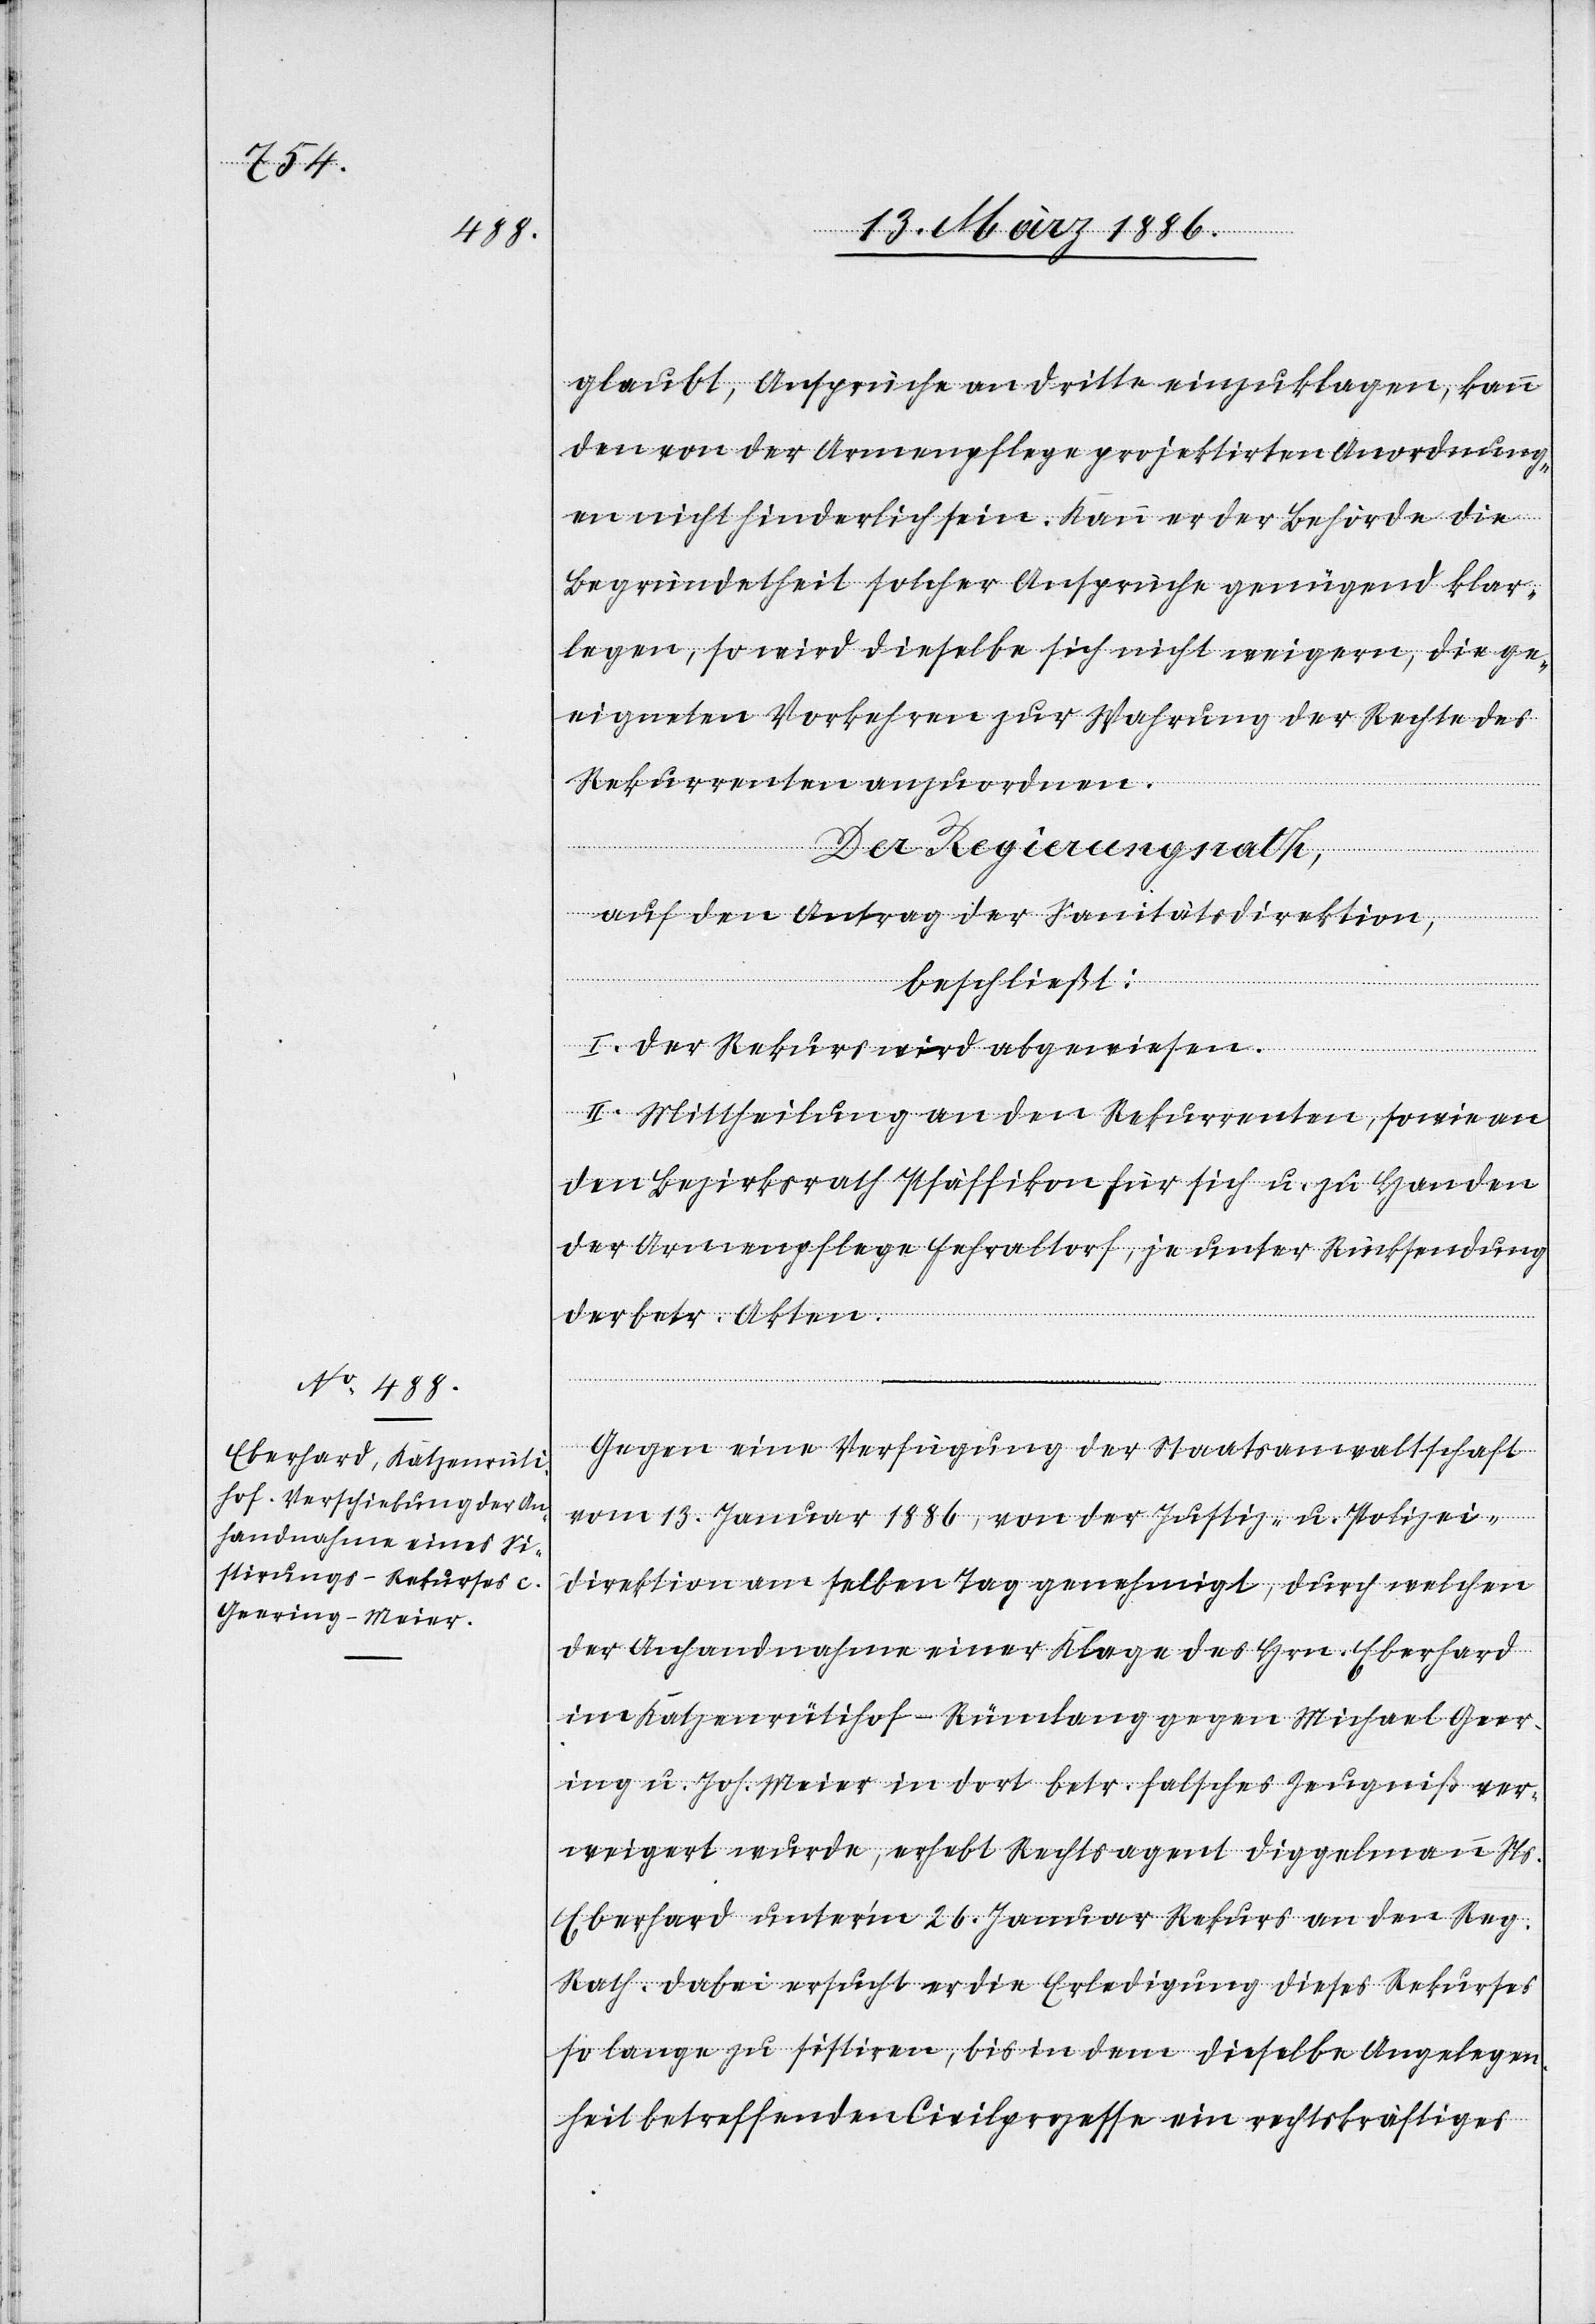
glaubt, Ansprüche an dritte einzuklagen, kann
den von der Armenpflege projektirten Anordnung¬
en nicht hinderlich sein. Kann er der Behörde die
Begründetheit solcher Ansprüche genügend klar¬
legen, so wird dieselbe sich nicht weigern, die ge¬
eigneten Vorkehren zur Wahrung der Rechte des
Rekurrenten anzuordnen.
Der Regierungsrath,
auf den Antrag der Sanitätsdirektion,
beschließt:
I. Der Rekurs wird abgewiesen.
II. Mitheilung an den Rekurrenten, sowie an
den Bezirksrath Pfäffikon für sich u. zu Handen
der Armenpflege Fehraltorf, je unter Rücksendung
der betr. Akten.
Gegen eine Verfügung der Staatsanwaltschaft
vom 13. Januar 1886, von der Justiz- u. Polizei¬
direktion am selben Tag genehmigt, durch welchen
der Anhandnahme einer Klage des Hrn. Eberhard
im Katzenrütihof - Rümlang gegen Michael Geer¬
ing u. Joh. Meier in dort betr. falsches Zeugniß ver¬
weigert wurde, erhebt Rechtsagent Diggelmann Ns.
Eberhard unter’m 26. Januar Rekurs an den Reg.
Rath. Dabei ersucht er die Erledigung dieses Rekurses
so lange zu sistieren, bis in dem dieselbe Angelegen¬
heit betreffenden Civilprozesse ein rechtskräftiges